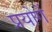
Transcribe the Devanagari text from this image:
प्रयोगें